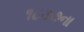
૧૮૩૭ના